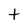
Character: t